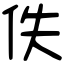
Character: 佚